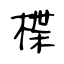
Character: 楪